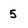
Character: 5